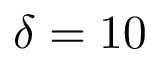
\delta = 1 0